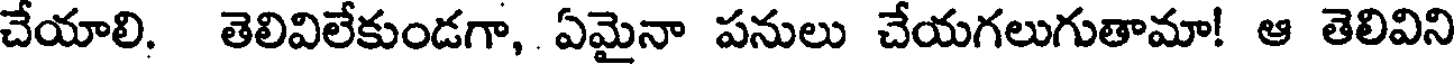
చేయాలి. తెలివిలేకుండగా, ఏమైనా పనులు చేయగలుగుతామా! ఆ తెలివిని